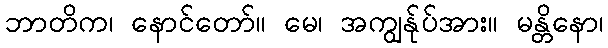
ဘာတိက၊ နောင်တော်။ မေ၊ အကျွန်ုပ်အား။ မန္တိနော၊